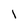
Character: l